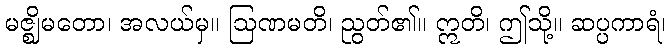
မဇ္ဈိမတော၊ အလယ်မှ။ ဩဏမတိ၊ ညွတ်၏။ ဣတိ၊ ဤသို့။ ဆပ္ပကာရံ၊